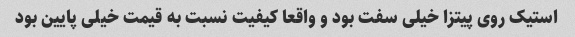
استیک روی پیتزا خیلی سفت بود و واقعا کیفیت نسبت به قیمت خیلی پایین بود